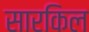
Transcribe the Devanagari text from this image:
सारकिल